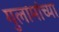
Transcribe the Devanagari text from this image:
गुलामांच्या